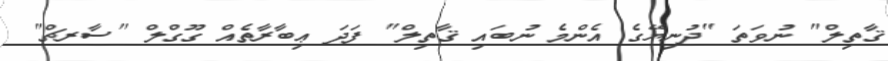
ޤާތިލް" ނުވަތަ "ދުނިޔޭގެ އެންމެ ނުބައި ޤާތިލް" ފަދަ ޢިބާރާތެއް ގޫގްލް "ސާރޗް"